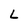
Character: L